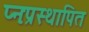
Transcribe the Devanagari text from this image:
प्नःप्रस्थापित